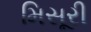
મિસૂરી